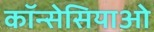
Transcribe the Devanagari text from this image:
कॉन्सेसियाओ